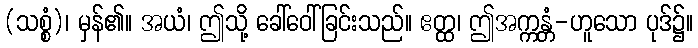
(သစ္စံ)၊ မှန်၏။ အယံ၊ ဤသို့ ခေါ်ဝေါ်ခြင်းသည်။ ဧတ္ထ၊ ဤအက္ကန္တံ-ဟူသော ပုဒ်၌။